Scottish Certificate of Education, 1963
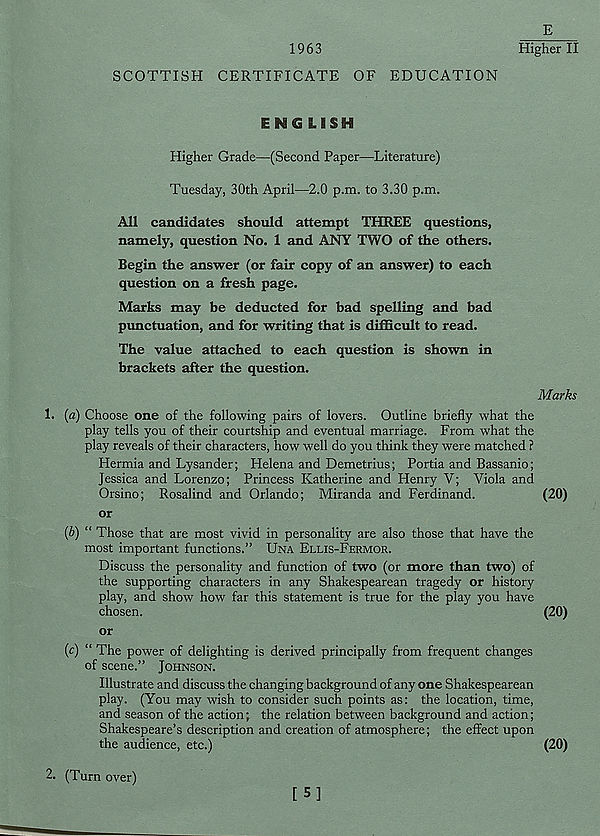
E
1963
Higher II
SCOTTISH CERTIFICATE OF EDUCATION
ENGLISH
Higher Grade—(Second Paper—Literature)
Tuesday, 30th April—2.0 p.m. to 3.30 p.m.
All candidates should attempt THREE questions,
namely, question No. 1 and ANY TWO of the others.
Begin the answer (or fair copy of an answer) to each
question on a fresh page.
Marks may be deducted for bad spelling and bad
punctuation, and for writing that is difficult to read.
The value attached to each question is shown in
brackets after the question.
Marks
1. (a) Choose one of the following pairs of lovers. Outline briefly what the
play tells you of their courtship and eventual marriage. From what the
play reveals of their characters, how well do you think they were matched ?
Hermia and Lysander; Helena and Demetrius; Portia and Bassanio;
Jessica and Lorenzo; Princess Katherine and Henry Y; Viola and
Orsino; Rosalind and Orlando; Miranda and Ferdinand.
(20)
or
(b) “ Those that are most vivid in personality are also those that have the
most important functions.” UNA ELLIS-FERMOR.
Discuss the personality and function of two (or more than two) of
the supporting characters in any Shakespearean tragedy or history
play, and show how far this statement is true for the play you have
chosen.
(20)
or
(c) “ The power of delighting is derived principally from frequent changes
of scene.” JOHNSON.
Illustrate and discuss the changing background of any one Shakespearean
play. (You may wish to consider such points as: the location, time,
and season of the action; the relation between background and action;
Shakespeare’s description and creation of atmosphere; the effect upon
the audience, etc.)
(20)
2. (Turn over)
[5]